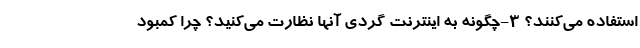
استفاده می‌کنند؟ 3-چگونه به اینترنت گردی آنها نظارت می‌کنید؟ چرا کمبود